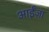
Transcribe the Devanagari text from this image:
आईंज़ा